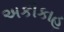
અકીકાહ